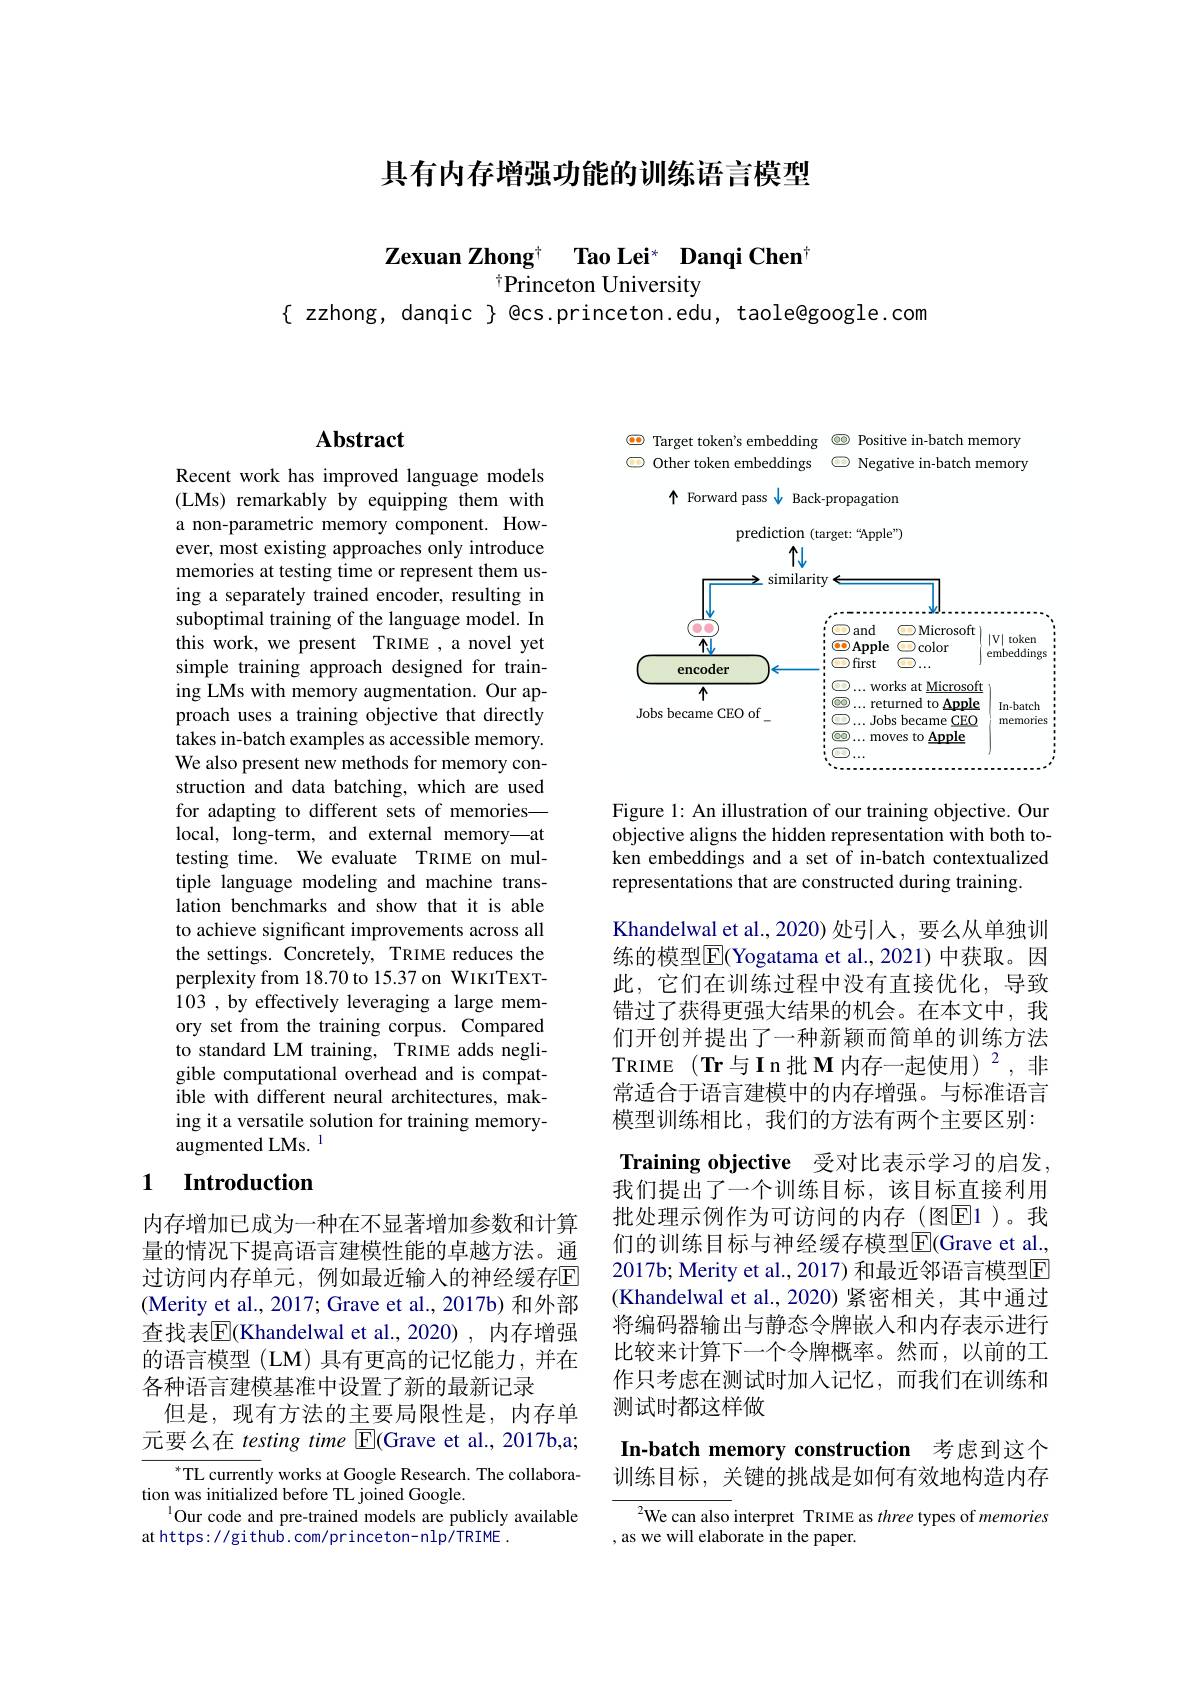
具有内存增强功能的训练语言模型

$\textbf{Zexuan Zhong}^{\dagger }$ $\textbf{Tao Lei}^{* }$ $\textbf{Danqi Chen}$
$^{\dagger}$Princeton University

$\{$ zzhong, danqic $\}$ @cs.princeton.edu, taole@google.com

## Abstract

Recent work has improved language models (LMs) remarkably by equipping them with a non-parametric memory component. However, most existing approaches only introduce memories at testing time or represent them using a separately trained encoder, resulting in suboptimal training of the language model. In this work, we present TRIME ,a novel yet simple training approach designed for training LMs with memory augmentation. Our approach uses a training objective that directly takes in-batch examples as accessible memory. We also present new methods for memory construction and data batching, which are used for adapting to different sets of memories— local, long-term, and external memory—at testing time. We evaluate TRIME on multiple language modeling and machine translation benchmarks and show that it is able to achieve significant improvements across all the settings. Concretely, TRIME reduces the perplexity from 18.70 to 15.37 on WIKITEXT- $\hat{103}$,by effectively leveraging a large memory set from the training corpus. Compared to standard LM training, TRIME adds negligible computational overhead and is compatible with different neural architectures, making it a versatile solution for training memoryaugmented LMs. 1

## 1 Introduction

内存增加已成为一种在不显著增加参数和计算量的情况下提高语言建模性能的卓越方法。通过访问内存单元，例如最近输入的神经缓存$\mathbb{E}$ (Merity et al., 2017; Grave et al., 2017b) 和外部查找表$\overline{\mathbb{E}}($Khandelwal et al.,2020), 内存增强的语言模型 (LM) 具有更高的记忆能力，并在各种语言建模基准中设置了新的最新记录
但是，现有方法的主要局限性是，内存单元要么在 testing time $\boxed{\mathrm{E}}($Grave et al., 2017b,a;

$^*$TL currently works at Google Research. The collabora-
tion was initialized before TL joined Google.
$^{1}$Our code and pre-trained models are publicly available
at https: / / gi thub. com/ pr inceton- n lp/ TR I ME

$\textcircled{\bullet}$ Target token's embedding @ Positive in-batch memory $\textcircled{\mathrm{o}}$ Other token embeddings $\square$ Negative in-batch memory

<FigureHere>

Figure 1: An illustration of our training objective. Our objective aligns the hidden representation with both token embeddings and a set of in-batch contextualized representations that are constructed during training.

Khandelwal et al.,2020) 处引入，要么从单独训练的模型$\overline{\mathbb{E}}$(Yogatama et al., 2021) 中获取。因此，它们在训练过程中没有直接优化，导致错过了获得更强大结果的机会。在本文中，我们开创并提出了一种新颖而简单的训练方法TRIME (Tr与In批$\mathbf{M}$ 内存一起使用)$^2$,非常适合于语言建模中的内存增强。与标准语言模型训练相比，我们的方法有两个主要区别： Training objective 受对比表示学习的启发， 我们提出了一个训练目标，该目标直接利用批处理示例作为可访问的内存(图$\overline{\mathrm{E}}$1)。我们的训练目标与神经缓存模型$\overline{\mathrm{E}}($Grave et al., 2017b; Merity et al., 2017) 和最近邻语言模型E (Khandelwal et al., 2020) 紧密相关，其中通过将编码器输出与静态令牌嵌入和内存表示进行比较来计算下一个令牌概率。然而，以前的工作只考虑在测试时加入记忆，而我们在训练和测试时都这样做

# In-batch memory construction 考虑到这个训练目标，关键的挑战是如何有效地构造内存

$^{2}$We can also interpret TRIME as three types of memories
, as we will elaborate in the paper.